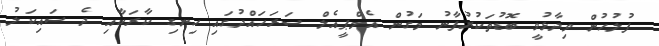
ފުލުހުން ވިދާޅުވީ ބޮޑުތަކުރުފާނު މަގުން އެމްޕީއެލް ސަރަހައްދުގައި ހިނގި ކާރަކާއި ދެ ސައިކަލު